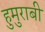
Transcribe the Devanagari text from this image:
हुमुराबी